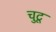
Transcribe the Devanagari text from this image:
चुटू